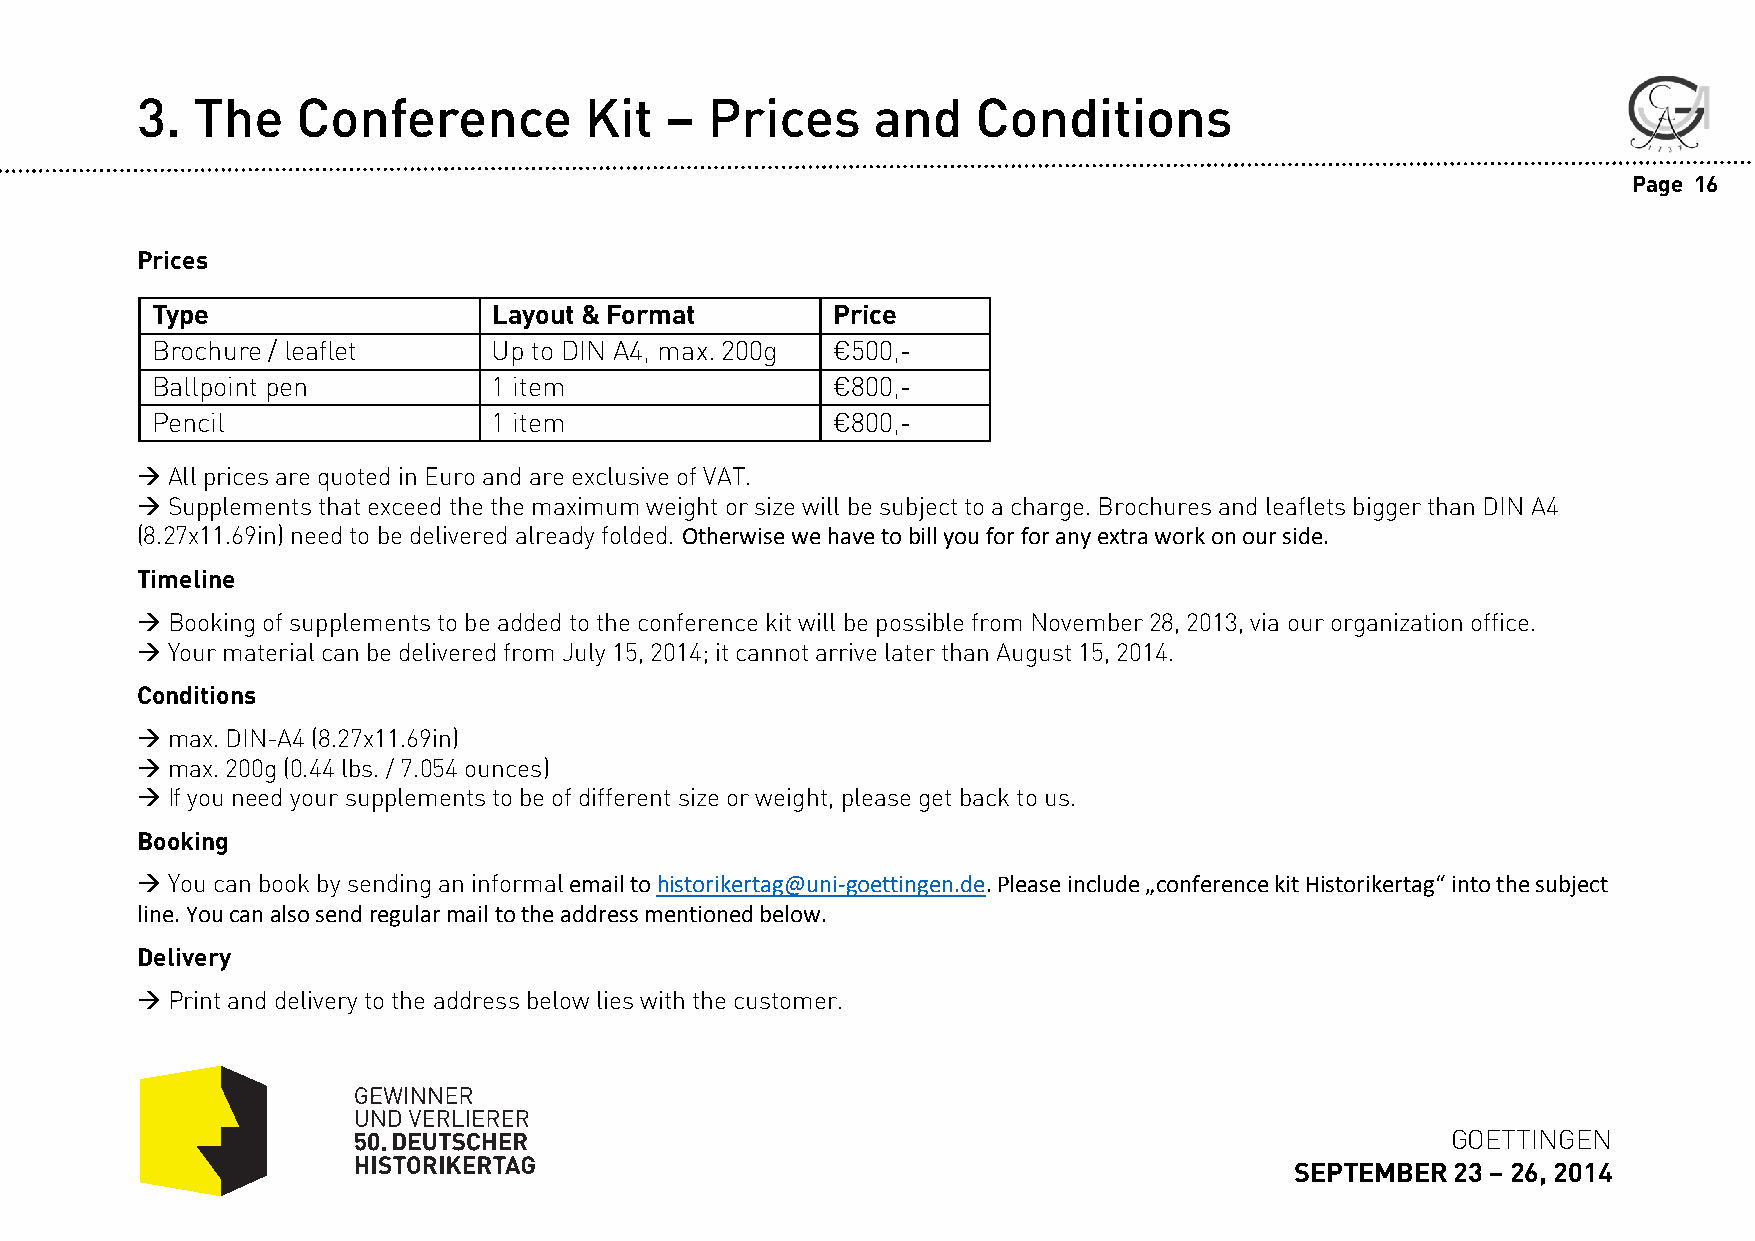
3.  The    Conference         Kit  –  Prices     and    Conditions
 Page 16
 Prices
 Type                   Layout & Format       Price
 Brochure / leaflet     Up to DIN A4, max. 200g €500,-
 Ballpoint pen          1 item                €800,-
 Pencil                 1 item                €800,-
 All pricesarequoted in Euro andareexclusiveofVAT.
 Supplements that exceedthethe maximumweight orsizewill be subjecttoa charge. Brochuresandleafletsbigger thanDIN A4
 (8.27x11.69in) needto bedelivered alreadyfolded. Otherwise we have to bill you for forany extra work on our side.
 Timeline
 Booking ofsupplementstobe added totheconferencekit will be possiblefromNovember 28, 2013, via ourorganizationoffice.
 Yourmaterial canbe deliveredfromJuly15, 2014; it cannotarrivelaterthanAugust 15, 2014.
 Conditions
 max. DIN-A4 (8.27x11.69in)
 max. 200g (0.44 lbs. / 7.054 ounces)
 Ifyouneedyoursupplementstobeofdifferent sizeorweight, pleaseget back tous.
 Booking
 Youcanbookby sendingan informalemail to historikertag@uni‐goettingen.de. Please include „conference kit Historikertag“ into the subject
 line. You can also send regular mail to the address mentioned below.
 Delivery
 Print anddeliverytotheaddressbelowlies with thecustomer.
 GOETTINGEN
 SEPTEMBER 23 –26, 2014